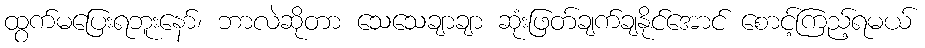
ထွက်မပြေးရဘူးနော်၊ ဘာလဲဆိုတာ သေသေချာချာ ဆုံးဖြတ်ချက်ချနိုင်အောင် စောင့်ကြည့်ရမယ်